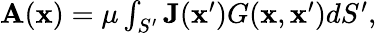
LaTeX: \begin{array}{r}{\mathbf{A}(\mathbf{x})=\mu\int_{S^{\prime}}\mathbf{J}(\mathbf{x}^{\prime})G(\mathbf{x},\mathbf{x}^{\prime})dS^{\prime},}\end{array}